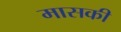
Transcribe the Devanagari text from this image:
मासकी